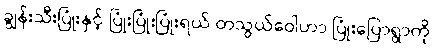
ချွန်းသီးပြုံးနှင့် ပြုံးပြုံးပြုံးရယ် တသွယ်ဝေါဟာ ပြုံးပြောရွာကို